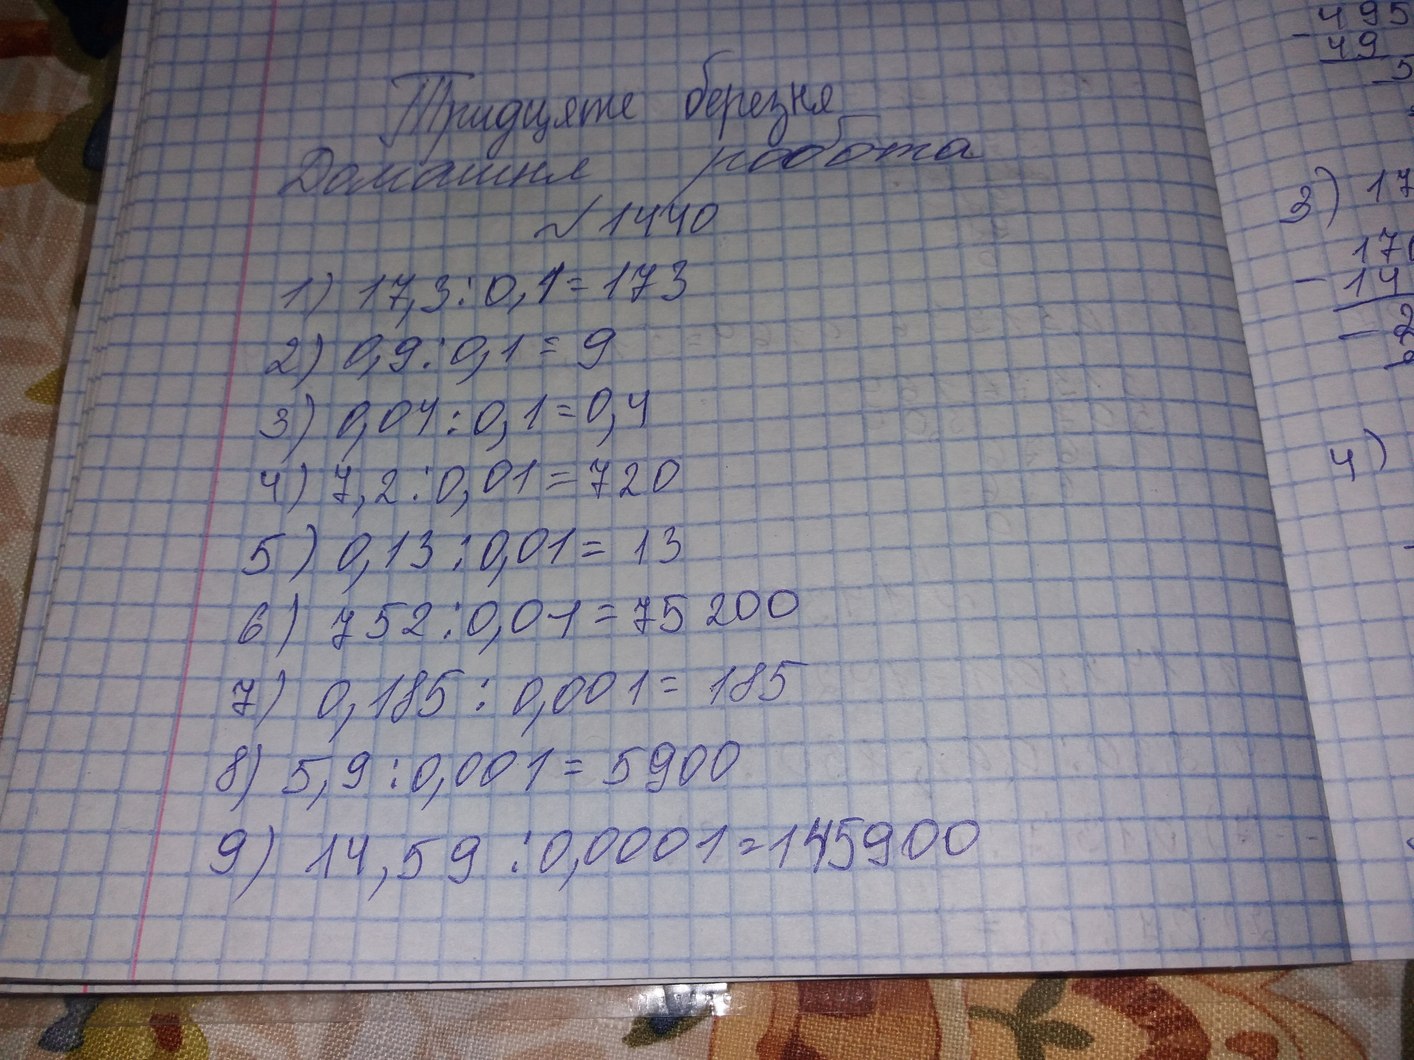
Тридцяте березня
Домашня робота
N 1440
1) 17,3/0,1=173
2) 0,9/0,1=9
3) 0,04/0,1=0,4
4) 7,2 / 0,01=720
5) 0,13 / 0,01=13
6) 752 / 0,01 = 75200
7) 0,185 / 0,001=185
8) 5,9 / 0,001=5900
9) 14,59 / 0,0001= 145900